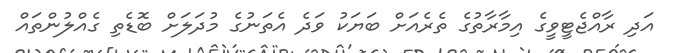
އަދި ރާއްޖެޓީވީގެ އިމާރާތުގެ ތެރެއަށް ބަޔަކު ވަދެ އެތަނުގެ މުދަލަށް ބޮޑެތި ގެއްލުންތައް